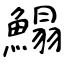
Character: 鰨